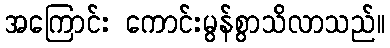
အကြောင်း ကောင်းမွန်စွာသိလာသည်။